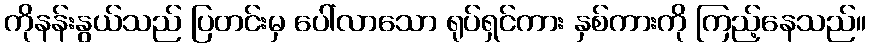
ကိုနန်းနွယ်သည် ပြတင်းမှ ပေါ်လာသော ရုပ်ရှင်ကား နှစ်ကားကို ကြည့်နေသည်။